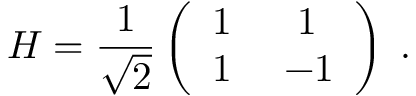
H = \frac { 1 } { \sqrt { 2 } } \left( \begin{array} { l l } { 1 ~ } & { ~ 1 } \\ { 1 ~ } & { - 1 } \end{array} \right) \; .